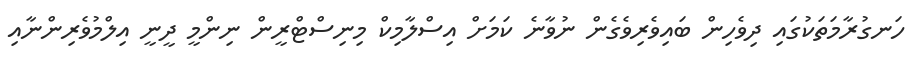
ހަނގުރާމަތަކުގައި ދިވެހިން ބައިވެރިވެގެން ނުވާނެ ކަމަށް އިސްލާމިކް މިނިސްޓްރީން ނިންމީ ދީނީ އިލްމުވެރިންނާއި